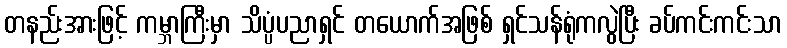
တနည်းအားဖြင့် ကမ္ဘာကြီးမှာ သိပ္ပံပညာရှင် တယောက်အဖြစ် ရှင်သန်ရုံကလွဲပြီး ခပ်ကင်းကင်းသာ